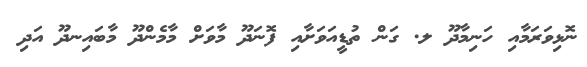
ނޮޅިވަރަމާއި ހަނިމާދޫ ލ. ގަން ތުޑީއަވަށާއި ފޮނަދޫ މާވަށް މާމެންދޫ މާބައިނދޫ އަދި